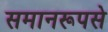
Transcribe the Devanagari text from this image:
समानरूपसे